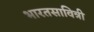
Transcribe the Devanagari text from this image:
भारतसावित्री